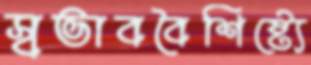
স্বভাববৈশিষ্ট্যে